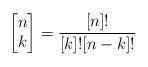
LaTeX: \begin{align*}\left[\begin{matrix}n\\ k\end{matrix}\right]=\frac{[n]!}{[k]![n-k]!}\end{align*}